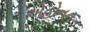
એહોનન